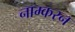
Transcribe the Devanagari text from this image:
नाम्करन